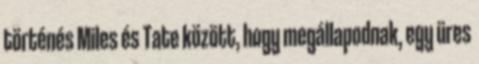
történés Miles és Tate között, hogy megállapodnak, egy üres